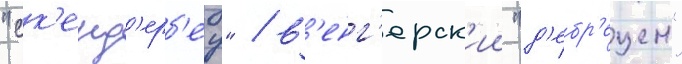
"ск'енд'ерб'еу" / в'енг'ерск'ии "д'ебр'ецен"